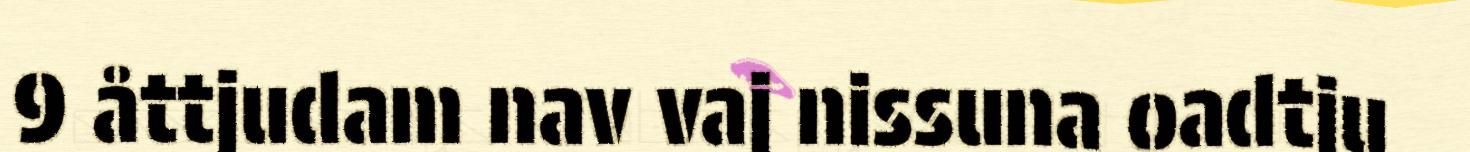
9 åttjudam nav vaj nissuna oadtju